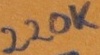
Text: 220K